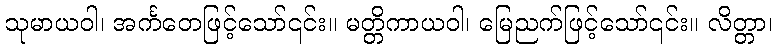
သုမာယဝါ၊ အင်္ကတေဖြင့်သော်၎င်း။ မတ္တိကာယဝါ၊ မြေညက်ဖြင့်သော်၎င်း။ လိတ္တာ၊